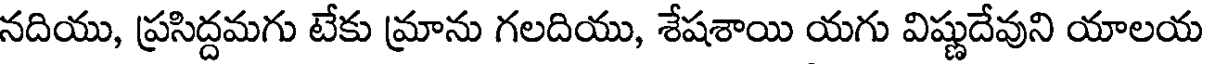
నదియు, ప్రసిద్దమగు టేకు మ్రాను గలదియు, శేషశాయి యగు విష్ణుదేవుని యాలయ